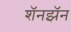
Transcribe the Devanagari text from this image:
शॅनझॅन